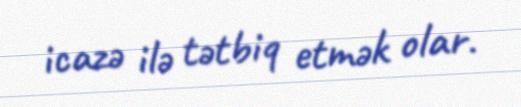
icazə ilə tətbiq etmək olar.